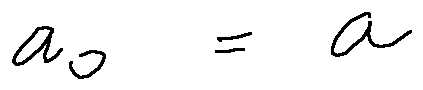
a _ { 0 } = a